Language: tamil
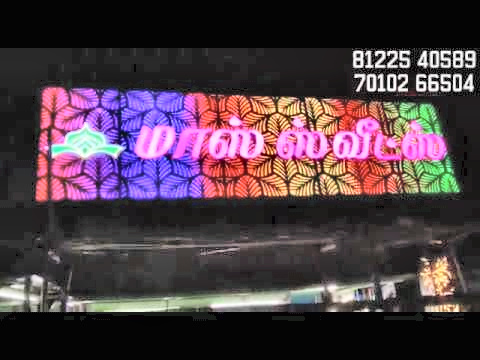
Transcription: மாஸ் ஸ்வீட்ஸ்